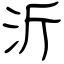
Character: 沂